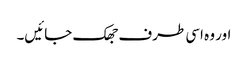
اور وہ اسی طرف جھک جائیں۔